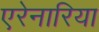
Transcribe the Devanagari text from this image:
एरेनारिया